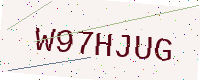
Text: W97HJUG